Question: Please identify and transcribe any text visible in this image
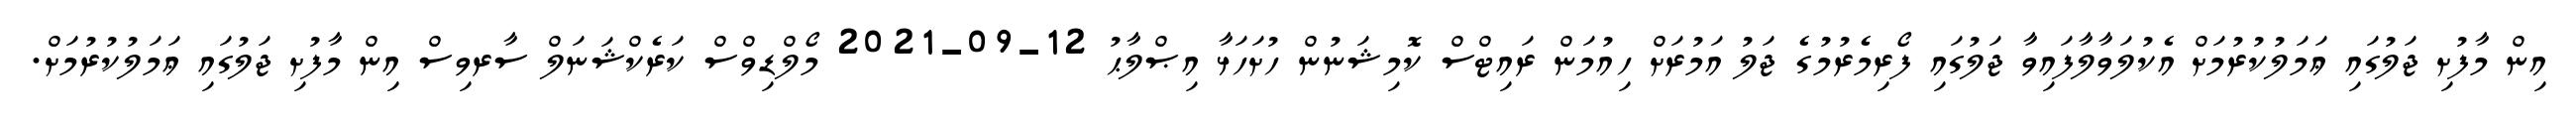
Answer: އިން މާފުށި ޖަލުގައި ޢަމަލުކުރުމަށް އެކުލަވާލާފައިވާ ޖަލުގައި ފޯރިމެރުމުގެ ޖަލު އަމުރަށް ހިއުމަން ރައިޓްސް ކޮމިޝަނުން ހުށަހަޅާ އިޞްލާޙު 12-09-2021 މޯލްޑިވްސް ކަރެކްޝަނަލް ސާރވިސް އިން މާފުށި ޖަލުގައި ޢަމަލުކުރުމަށް.